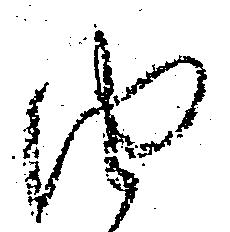
由